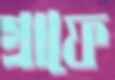
গ্রাফে